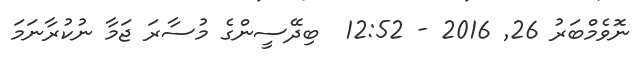
ނޮވެމްބަރު 26